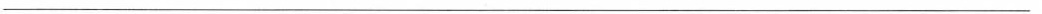
___